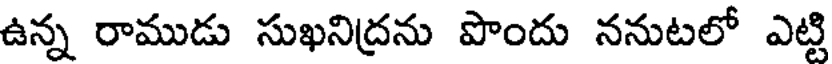
ఉన్న రాముడు సుఖనిద్రను పొందు ననుటలో ఎట్టి